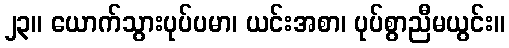
၂၃။ ယောက်သွားပုပ်ပမာ၊ ယင်းအစာ၊ ပုပ်စွာညီမယွင်း။